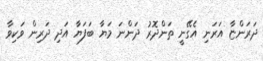
ދަރަންޏާ އަރަނި އެގޭނީ ތަންދޮރު ދަންނަ މަޔާ ބަފަޔާ އަދި ދަރިން ވަކިވާ